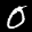
Label: 0